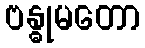
ဗန္ဓုမတော